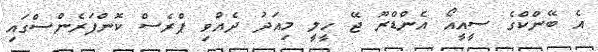
އެ ބޭންކްގެ ސީއީއޯ އެންޑްރޫ ޖޭ ހީލީ މިއަދު ދެއްވި ޕްރެސް ކޮންފަރެންސްގައި